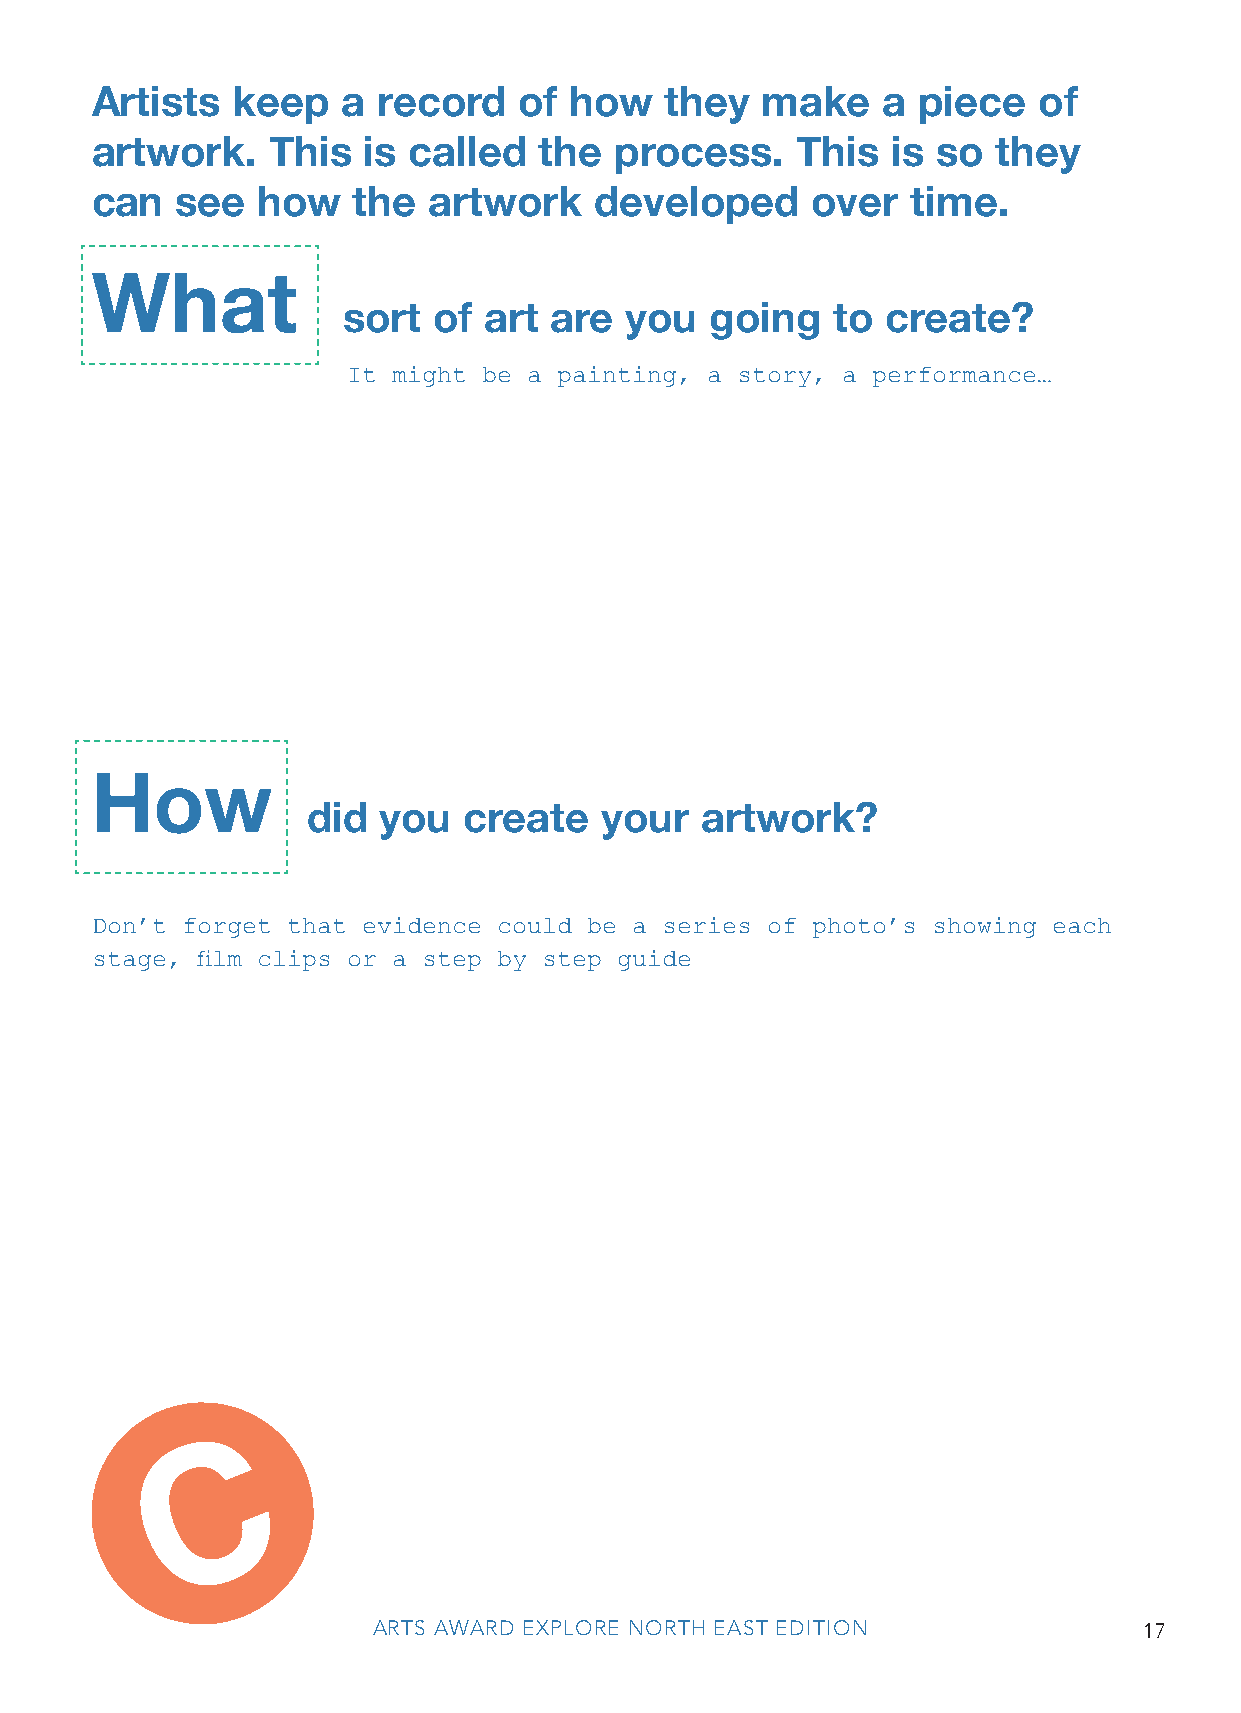
Artists  keep    a record   of  how   they  make    a  piece   of
 artwork.    This  is called   the  process.    This  is so  they
 can   see  how   the  artwork    developed      over  time.
 What
 sort  of art are  you   going   to  create?
 It might be a painting, a story, a performance…
 How
 did  you   create   your  artwork?
 Don’t forget that evidence could be a series of photo’s showing each
 stage, film clips or a step by step guide
 C
 ARTS AWARD EXPLORE NORTH EAST EDITION              17